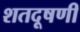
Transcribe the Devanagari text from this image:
शतदूषणी